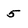
Character: 5